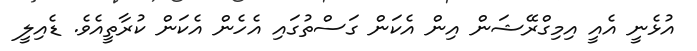
އުޅެނީ އެއީ އިމިގްރޭޝަން އިން އެކަން ގަސްތުގައި އެހެން އެކަން ކުރާތީއެވެ. ޑެއިލީ